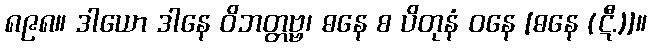
၈၉၈။ ဒါယော ဒါနေ ဝိဘတ္တဗ္ဗ၊ ဓနေ စ ပိတုနံ ဝနေ [ဓနေ (ဋီ.)]။